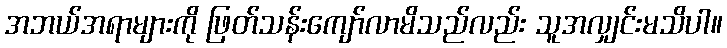
အဘယ်အရာများကို ဖြတ်သန်းကျော်လာမိသည်လည်း သူအလျှင်းမသိပါ။